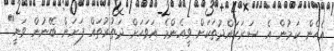
އެހެން ކަމުން އެ ސަރަހައްދުތަކަށް ވީއެންމެ އަވަހަށް ދަތުރުތައް ފަށަން ބޭނުން ވަނީ"